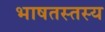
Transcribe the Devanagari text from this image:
भाषतस्तस्य